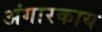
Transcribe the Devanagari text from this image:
अंगारकाय